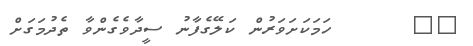
٧٣      ހަމަކަށަވަރުން ކަލޭގެފާނު ސީދާވެގެންވާ ތެދުމަގަށް